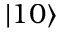
| 1 0 \rangle